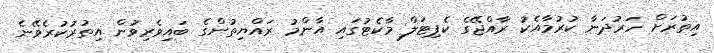
އިތުރަށް ހަރުދަނާ ކުރުމާއެކު ރާއްޖޭގެ ކެޕިޓަލް މާކެޓުގައި އާންމު ރައްޔިތުންގެ ބައިވެރިވުން އިތުރުކުރެވޭނެ